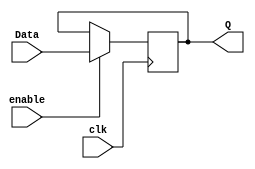
`timescale 1ns / 1ps
//////////////////////////////////////////////////////////////////////////////////
// Company: 
// Engineer: 
// 
// Design Name: 
// Module Name: register_logic
// Project Name: 
// Target Devices: 
// Tool Versions: 
// Description: 
// 
// Dependencies: 
// 
// Revision:
// Revision 0.01 - File Created
// Additional Comments:
// 
//////////////////////////////////////////////////////////////////////////////////


module register_logic(
    input clk,
    input enable,
    input [4:0] Data,
    output reg [4:0] Q
    );
        
    //RCA_4bits rca(.clk(clk), .enable(enable), 
    
    always @ (posedge clk)
        if(enable)
            Q = Data;
endmodule